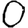
Digit: 0